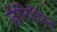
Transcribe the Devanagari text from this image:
ज़ेनिटिस्ट